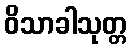
ဝိသာခါသုတ္တ